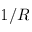
1 / R